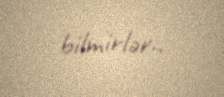
bilmirlər..